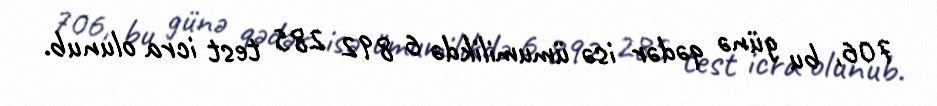
706, bu günə qədər isə ümumilikdə 6 892 285 test icra olunub.